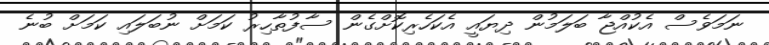
ނަމަވެސް އެކުއްޖާ ބަލަމުން ދިޔައީ އެކަހެރިކޮށްގެން ސާފުތާހިރު ކަމަށް ނުބަލައި ކަމަށް ބުނެ